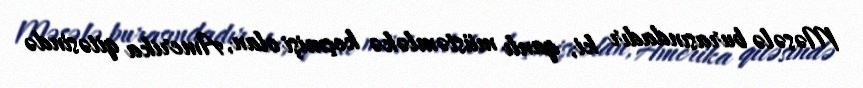
Məsələ burasındadır ki, qanlı müstəmləkə keçmişi olan, Amerika qitəsində